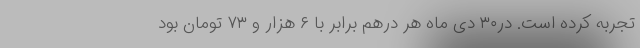
تجربه کرده است. در۳۰ دی ماه هر درهم برابر با ۶ هزار و ۷۳ تومان بود